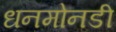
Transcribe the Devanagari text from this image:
धनमोनडी